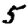
Digit: 5